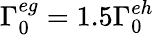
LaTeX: \Gamma_{0}^{eg}=1.5\Gamma_{0}^{eh}